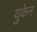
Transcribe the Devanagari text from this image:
युकेन